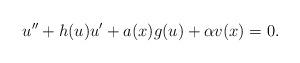
LaTeX: \begin{align*}u'' + h(u)u' + a(x) g(u) + \alpha v(x) = 0.\end{align*}